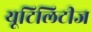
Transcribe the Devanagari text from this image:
यूटिलिटीज